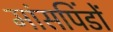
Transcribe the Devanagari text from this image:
मांसपिंडों